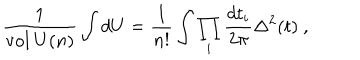
{ \frac { 1 } { \mathrm { v o l } ~ U ( n ) } } \int d U = { \frac { 1 } { n ! } } \int \prod _ { i } { \frac { d t _ { i } } { 2 \pi } } \Delta ^ { 2 } ( t ) ~ ,